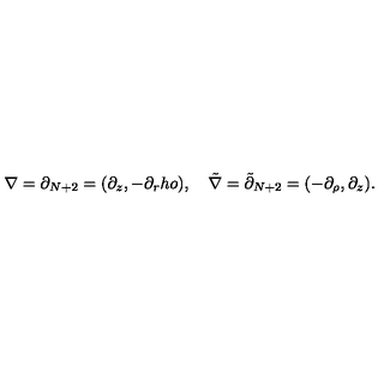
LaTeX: \nabla = \partial _ { N + 2 } = ( \partial _ { z } , - \partial _ { r } h o ) , \quad { \tilde { \nabla } } = { \tilde { \partial } } _ { N + 2 } = ( - \partial _ { \rho } , \partial _ { z } ) .